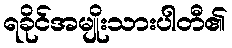
ရခိုင်အမျိုးသားပါတီ၏